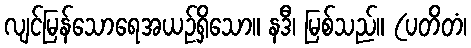
လျင်မြန်သောရေအယဉ်ရှိသော။ နဒီ၊ မြစ်သည်။ (ပတိတံ၊